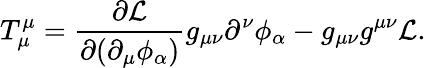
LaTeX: T_{\mu}^{\mu}={\frac{\partial{\mathcal{L}}}{\partial(\partial_{\mu}\phi_{\alpha})}}g_{\mu\nu}\partial^{\nu}\phi_{\alpha}-g_{\mu\nu}g^{\mu\nu}{\mathcal{L}}.